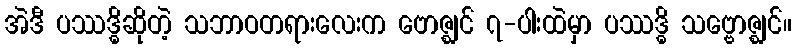
အဲဒီ ပဿဒ္ဓိဆိုတဲ့ သဘာဝတရားလေးက ဗောဇ္ဈင် ၇-ပါးထဲမှာ ပဿဒ္ဓိ သဗ္ဗောဇ္ဈင်။